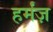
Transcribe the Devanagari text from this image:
हर्मंज़